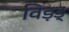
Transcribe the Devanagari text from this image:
विड़ड्